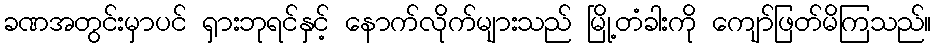
ခဏအတွင်းမှာပင် ရှားဘုရင်နှင့် နောက်လိုက်များသည် မြို့တံခါးကို ကျော်ဖြတ်မိကြသည်။